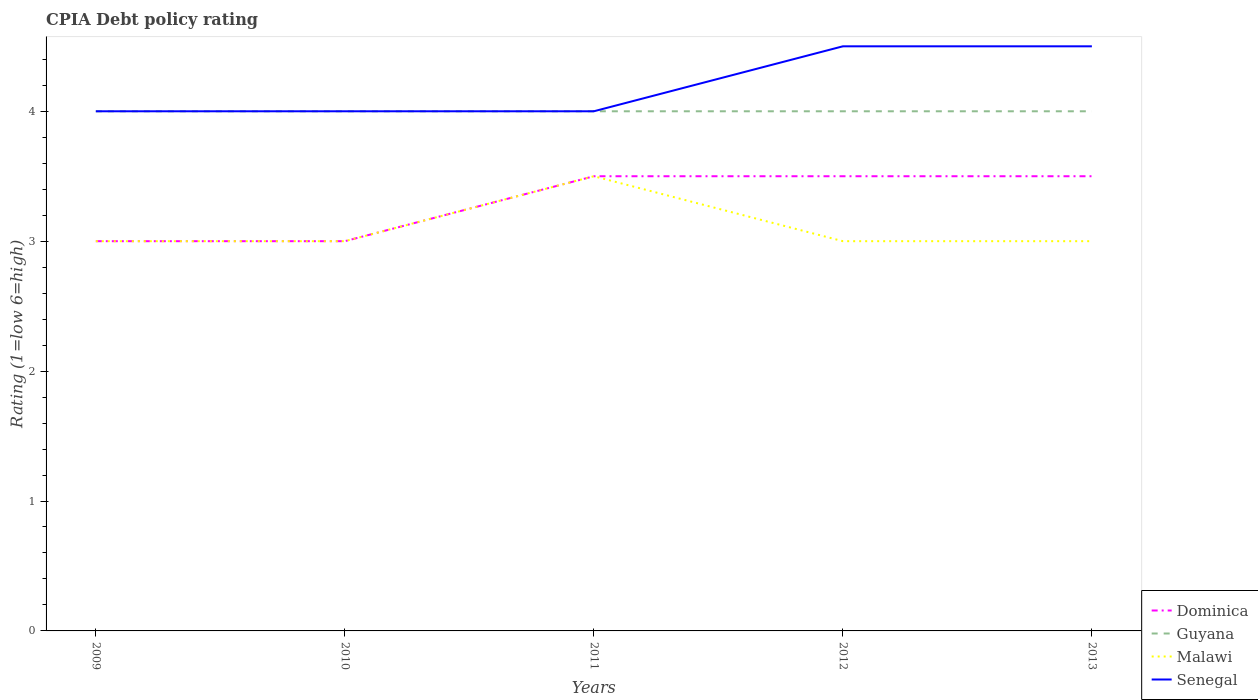
| Years | Dominica | Guyana | Malawi | Senegal |
 | --- | --- | --- | --- | --- |
 | 2009 | 3 | 4 | 3 | 4 |
 | 2010 | 3 | 4 | 3 | 4 |
 | 2011 | 3.5 | 4 | 3.5 | 4 |
 | 2012 | 3.5 | 4 | 3 | 4.5 |
 | 2013 | 3.5 | 4 | 3 | 4.5 |